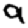
Digit: 9